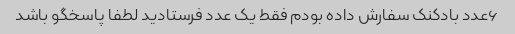
۶عدد بادکنک سفارش داده بودم فقط یک عدد فرستادید لطفا پاسخگو باشد